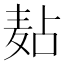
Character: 𪎋